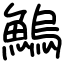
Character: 鰞